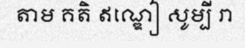
តាម គតិ ឥណ្ឌៀ សូម្បី រា